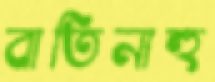
বাতিনাহু